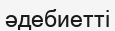
әдебиетті